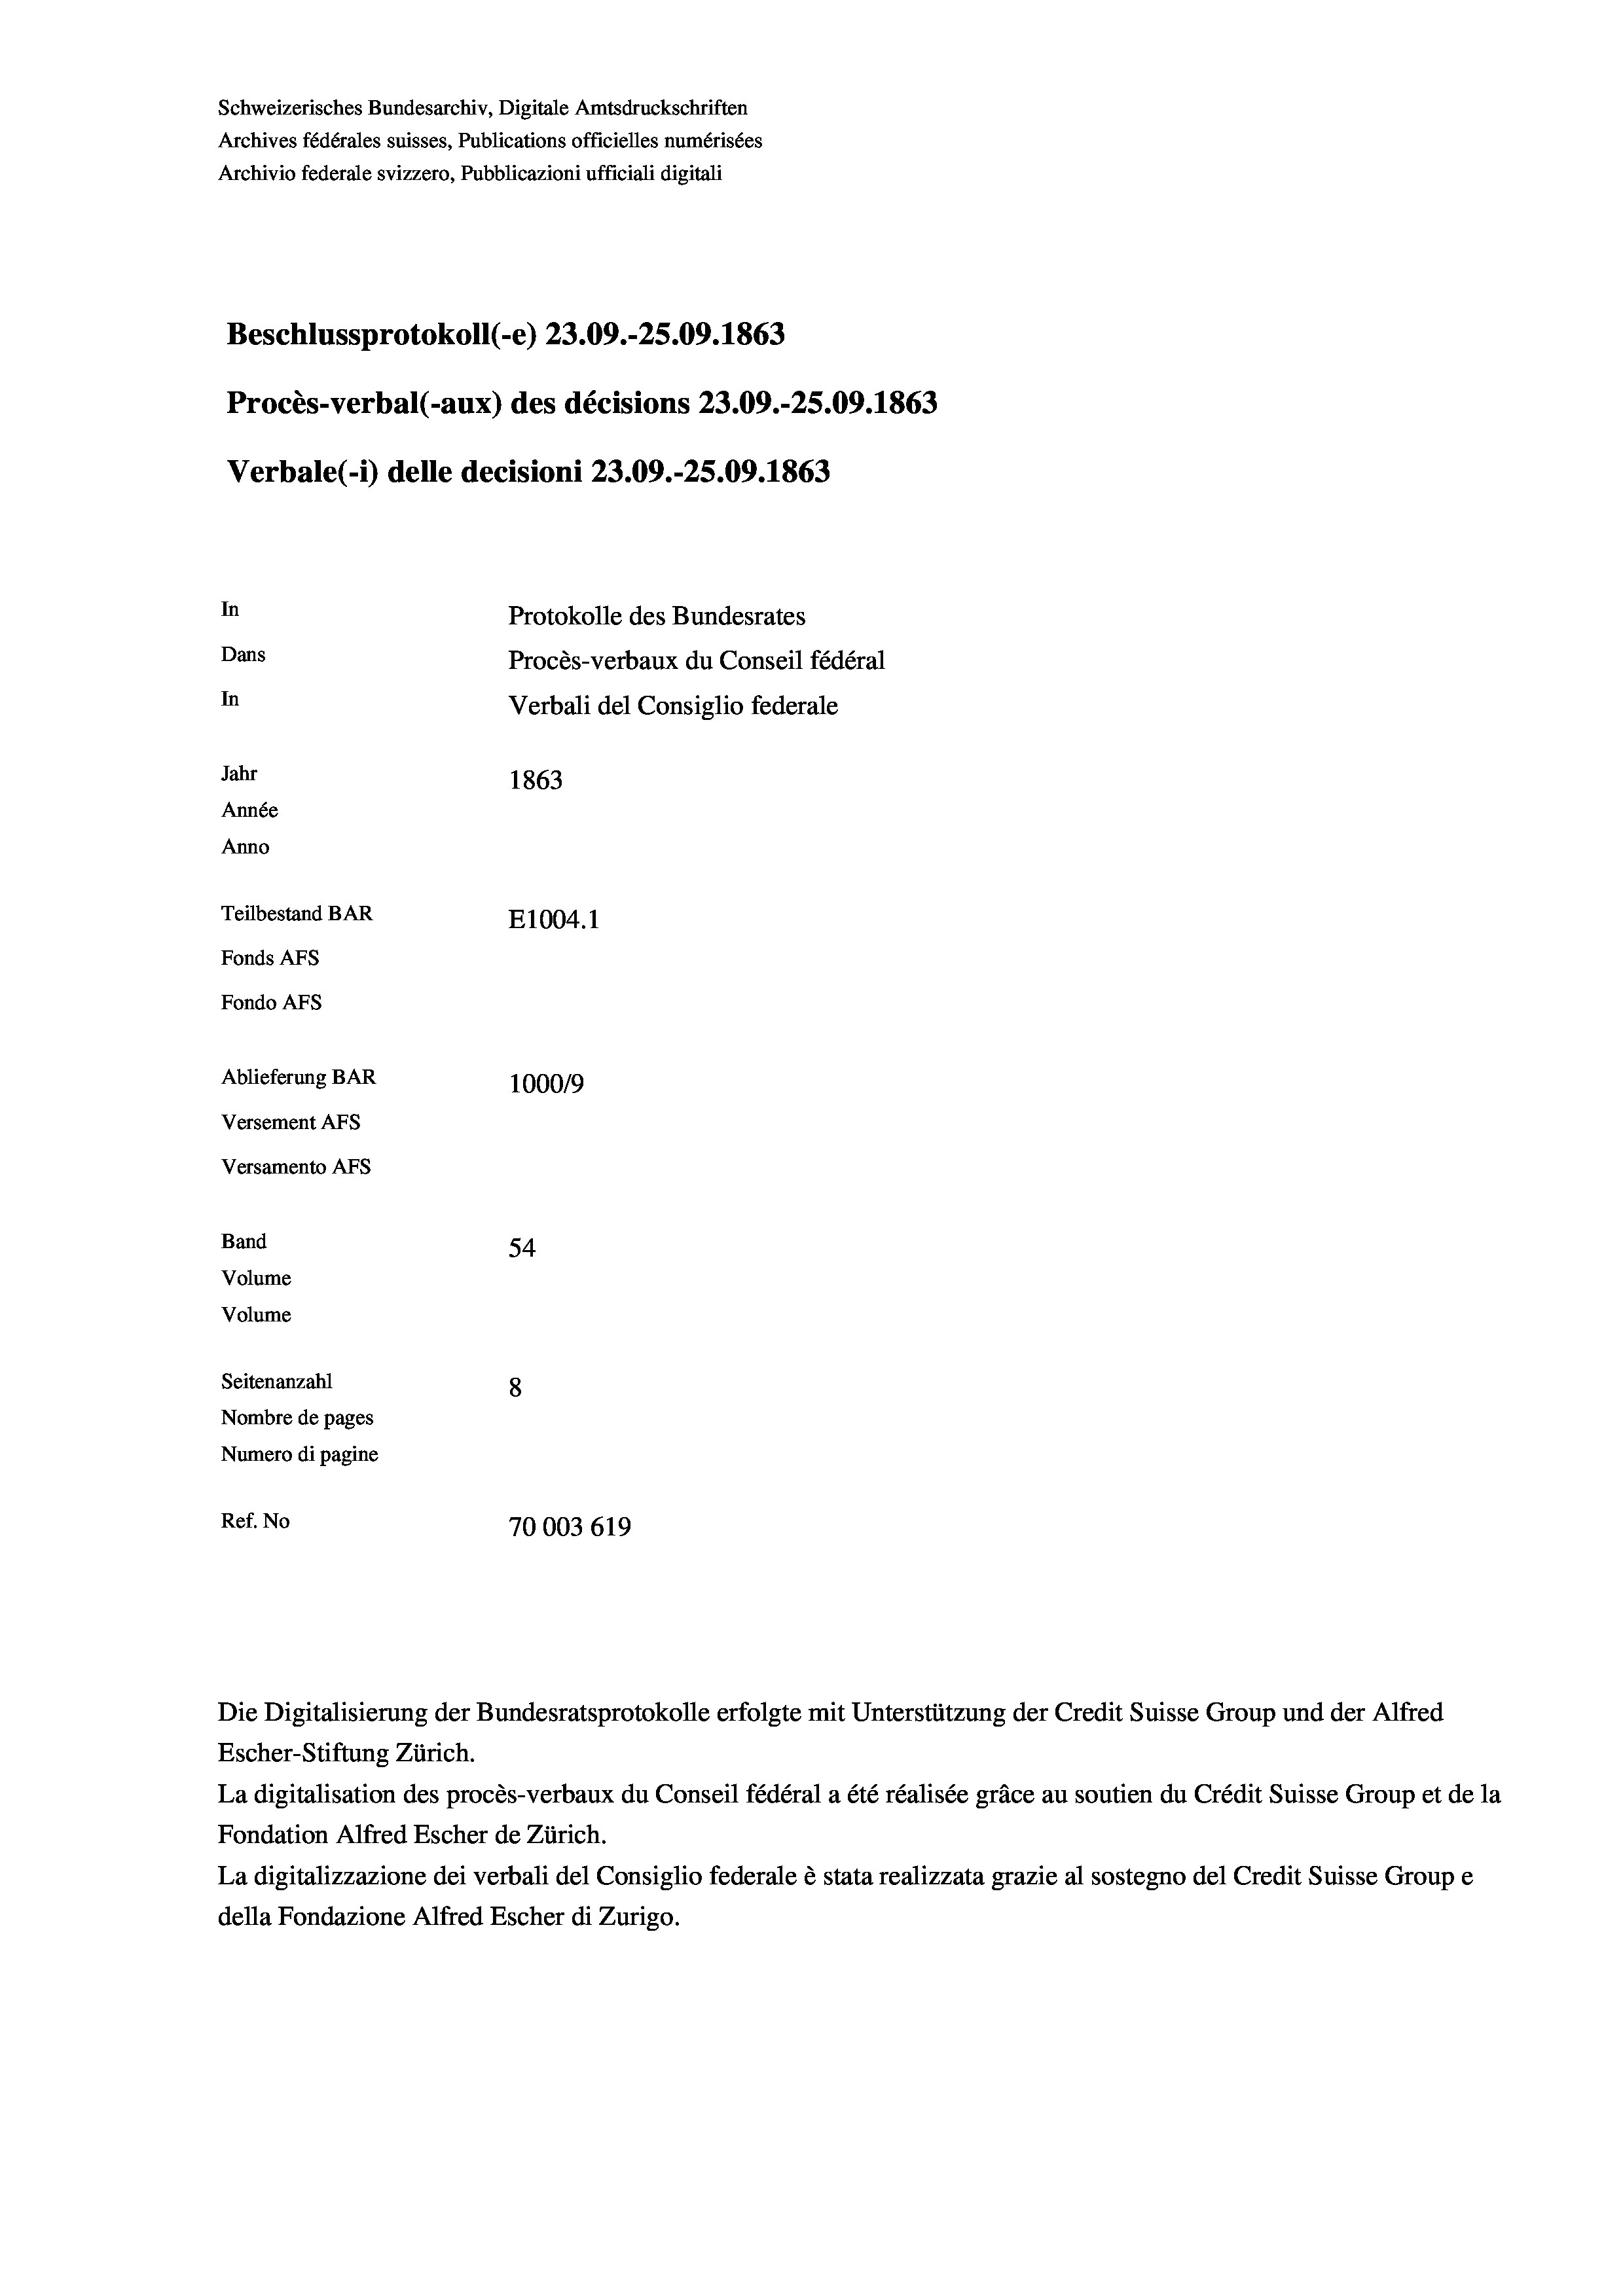
Schweizerisches Bundesarchiv, Digitale Amtsdruckschriften
Archives fédérales suisses, Publications officielles numérisées
Archivio federale svizzero, Pubblicazioni ufficiali digitali
Beschlussprotokoll (-e) 23.09.-25.09. 1863
Procès-verbal (-aux) des décisions 23.09.-25.09. 1863
Verbale(*) delle decisioni 23.09.-25.09. 1863
In
Protokolle des Bundesrates
Dans
Procès-verbaux du Conseil fédéral
In
Verbali del Consiglio federale
Jahr
1863
Année
Anno
Teilbestand BAR
E1004. 1
Fonds AFs
Fondo AFs
Ablieferung BAR
100019
Versement AFs
Versamento AFs
Band
54
Volume
Volume
Seitenanzahl
8

Nombre de pages
Numero di pagine
Ref. No
70003 619

Escher-Stiftung Zürich.
La digitalisation des procès-verbaux du Conseil fédéral a été réalisée gräce au soutien du Crédit Suisse Group et de la
Fondation Alfred Escher de Zürich.
La digitalizzazione dei verbali del Consiglio federale è stata realizzata grazie al sostegno del Credit Suisse Groupe
della Fondazione Alfred Escher di Zurigo.

Die Digitalisierung der Bundesratsprotokolle erfolgte mit Unterstützung der Credit Suisse Group und der Alfred